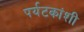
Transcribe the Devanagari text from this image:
पर्यटकांशी